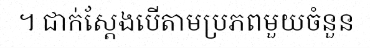
។ ជាក់ស្តែងបើតាមប្រភពមួយចំនួន